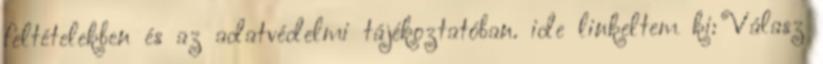
feltételekben és az adatvédelmi tájékoztatóban. ide linkeltem ki: Válasz